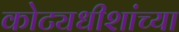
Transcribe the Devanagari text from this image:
कोट्यधीशांच्या